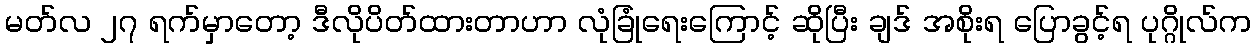
မတ်လ ၂၇ ရက်မှာတော့ ဒီလိုပိတ်ထားတာဟာ လုံခြုံရေးကြောင့် ဆိုပြီး ချဒ် အစိုးရ ပြောခွင့်ရ ပုဂ္ဂိုလ်က